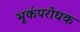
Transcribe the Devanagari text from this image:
भूकंपरोधक